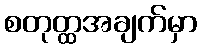
စတုတ္ထအချက်မှာ